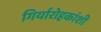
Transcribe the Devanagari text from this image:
गिर्यारोहकांशी